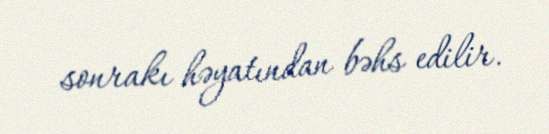
sonrakı həyatından bəhs edilir.